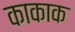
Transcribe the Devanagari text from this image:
काकाक